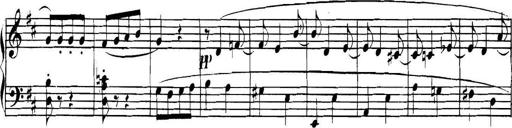
Title: Collected Piano Sonatas
Composer: Muzio Clementi